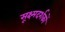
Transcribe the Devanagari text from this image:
सूक्ष्मदर्शकों